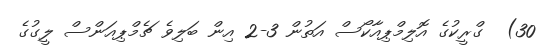
30)  ގްރީކުގެ އޮލިމްޕިއާކޯސް އަތުން 3-2 އިން ބަލިވެ ޗެމްޕިއަންސް ލީގުގެ